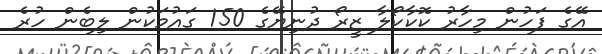
އޭގެ ފަހުން މިހާރު ކޮކާކޯލާ ޒީރޯ ދުނިޔޭގެ 150 ގައުމަކުން ލިބެން ހުރެ